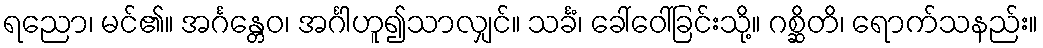
ရညော၊ မင်၏။ အင်္ဂန္တေဝ၊ အင်္ဂါဟူ၍သာလျှင်။ သင်္ခံ၊ ခေါ်ဝေါ်ခြင်းသို့။ ဂစ္ဆိတိ၊ ရောက်သနည်း။